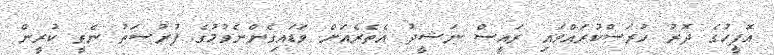
އޮފީހުގެ ދޮރު ހުރަސްކުރައްވައި ރައީސް ނަޝީދު އެތެރެއަށް ވަޑައިގެންނެވުމުގެ ފުރުސަތު ނެތީ ކުރީން